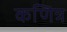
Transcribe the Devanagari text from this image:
कणित्र